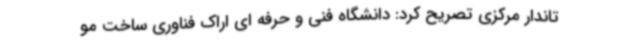
تاندار مرکزی تصریح کرد: دانشگاه فنی و حرفه ای اراک فناوری ساخت مو